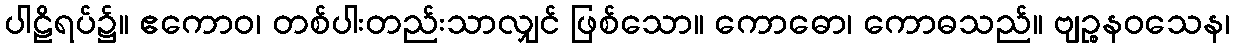
ပါဠိရပ်၌။ ဧကောဝ၊ တစ်ပါးတည်းသာလျှင် ဖြစ်သော။ ကောဓော၊ ကောဓသည်။ ဗျဉ္စနဝသေန၊